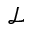
\mathcal { L }